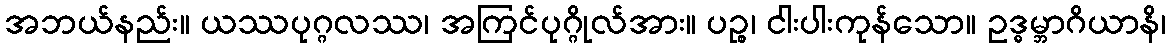
အဘယ်နည်း။ ယဿပုဂ္ဂလဿ၊ အကြင်ပုဂ္ဂိုလ်အား။ ပဉ္စ၊ ငါးပါးကုန်သော။ ဥဒ္ဓမ္ဘာဂိယာနိ၊